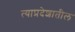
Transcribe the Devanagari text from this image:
त्याप्रदेशातील